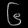
Digit: ၆